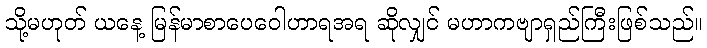
သို့မဟုတ် ယနေ့ မြန်မာစာပေဝေါဟာရအရ ဆိုလျှင် မဟာကဗျာရှည်ကြီးဖြစ်သည်။